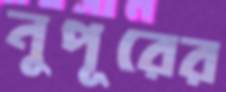
নুপূরের